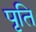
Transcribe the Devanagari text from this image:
पृति